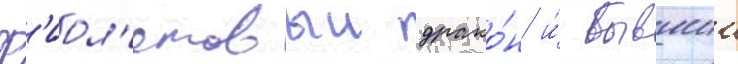
Ф'иол'етовыи драко́н и́ бывшии